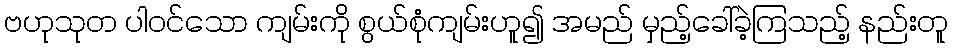
ဗဟုသုတ ပါဝင်သော ကျမ်းကို စွယ်စုံကျမ်းဟူ၍ အမည် မှည့်ခေါ်ခဲ့ကြသည့် နည်းတူ